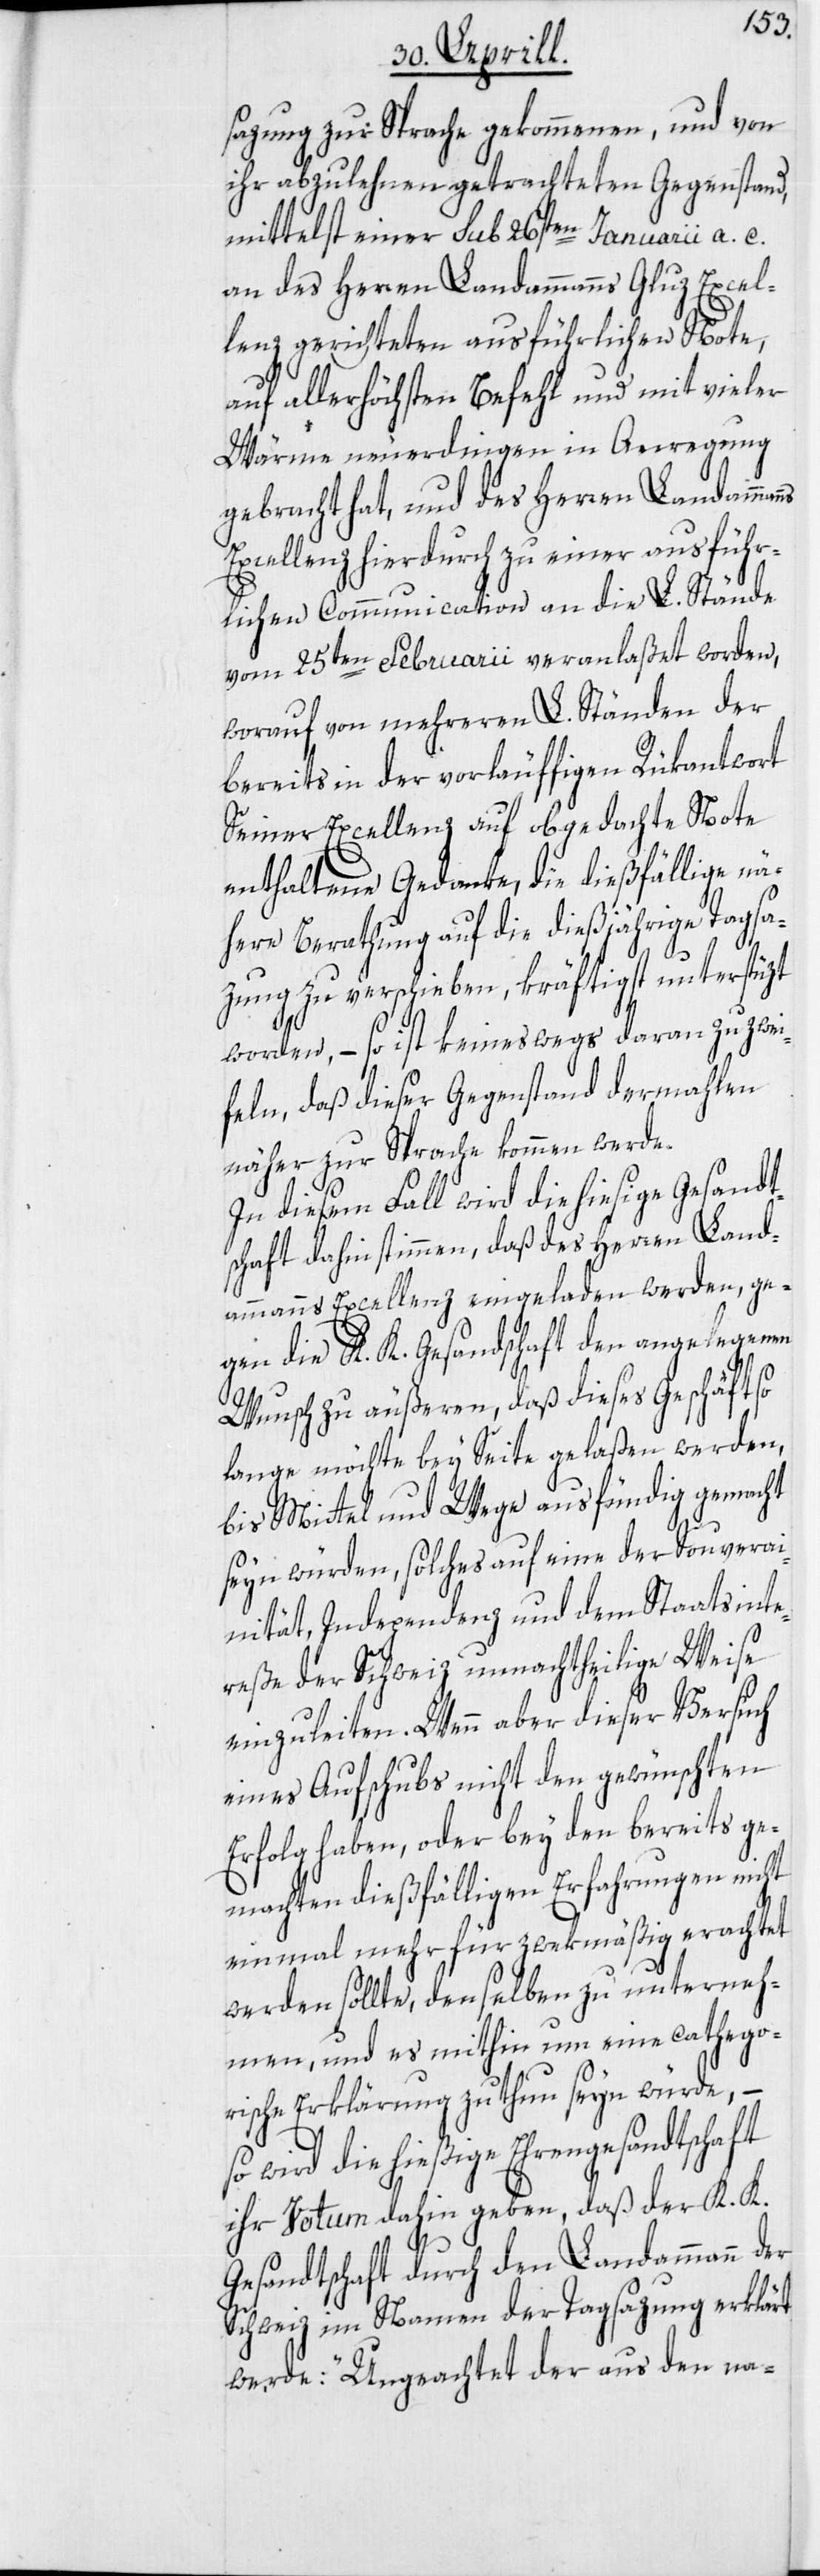
sazung zur Sprache gekommenen, und von
ihr abzulehnen getrachteten Gegenstand,
mittelst einer sub 26sten Januarii a. c.
an des Herren Landammanns Gluz Excel¬
lenz gerichteten ausführlichen Note,
auf allerhöchsten Befehl und mit vieler
Wärme neuerdingen in Anregung
gebracht hat, und des Herren Landamma¬
Excellenz hierdurch zu einer ausführ¬
lichen Communication an die L. Stände
vom 25ten Februarii veranlaßet worden,
worauf von mehreren L. Ständen der
bereits in der vorläuffigen Rükantwort
Seiner Excellenz auf obgedachte Note
enthaltene Gedanke, die dießfällige nä¬
here Berathung auf die dießjährige Tagsa¬
nns
zung zu verschieben, kräftigst unterstüzt
worden, – so ist keineswegs daran zu zwei¬
feln, daß dieser Gegenstand dermahlen
näher zur Sprache kommen werde.
In diesem Fall wird die hiesige Gesandt¬
schaft dahin stimmen, daß des Herren Land¬
ammanns Excellenz eingeladen werden, ge¬
gen die K. K. Gesandschaft den angelegenen
Wunsch zu äußeren, daß dieses Geschäft so
lange möchte bey Seite gelaßen werden,
bis Mittel und Wege ausfündig gemacht
seyn würden, solches auf eine der Souverai¬
nität, Independenz und dem Staatsinte¬
reße der Schweiz unnachtheilige Weise
einzuleiten. Wenn aber dieser Versuch
eines Aufschubs nicht den gewünschten
Erfolg haben, oder bey den bereits ge¬
machten dießfälligen Erfahrungen nicht
einmal mehr für zwekmäßig erachtet
werden sollte, denselben zu unterneh¬
men, und es mithin um eine cathego¬
rische Erklärung zu thun seyn würde, –
so wird die hießige Ehrengesandtschaft
ihr Votum dahin geben, daß der K. K.
Gesandtschaft durch den Landammann der
Schweiz im Namen der Tagsazung erklärt
werde: „Ungeachtet der aus den na-